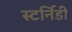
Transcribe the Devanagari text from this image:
स्टर्निडी